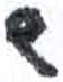
אות: ש